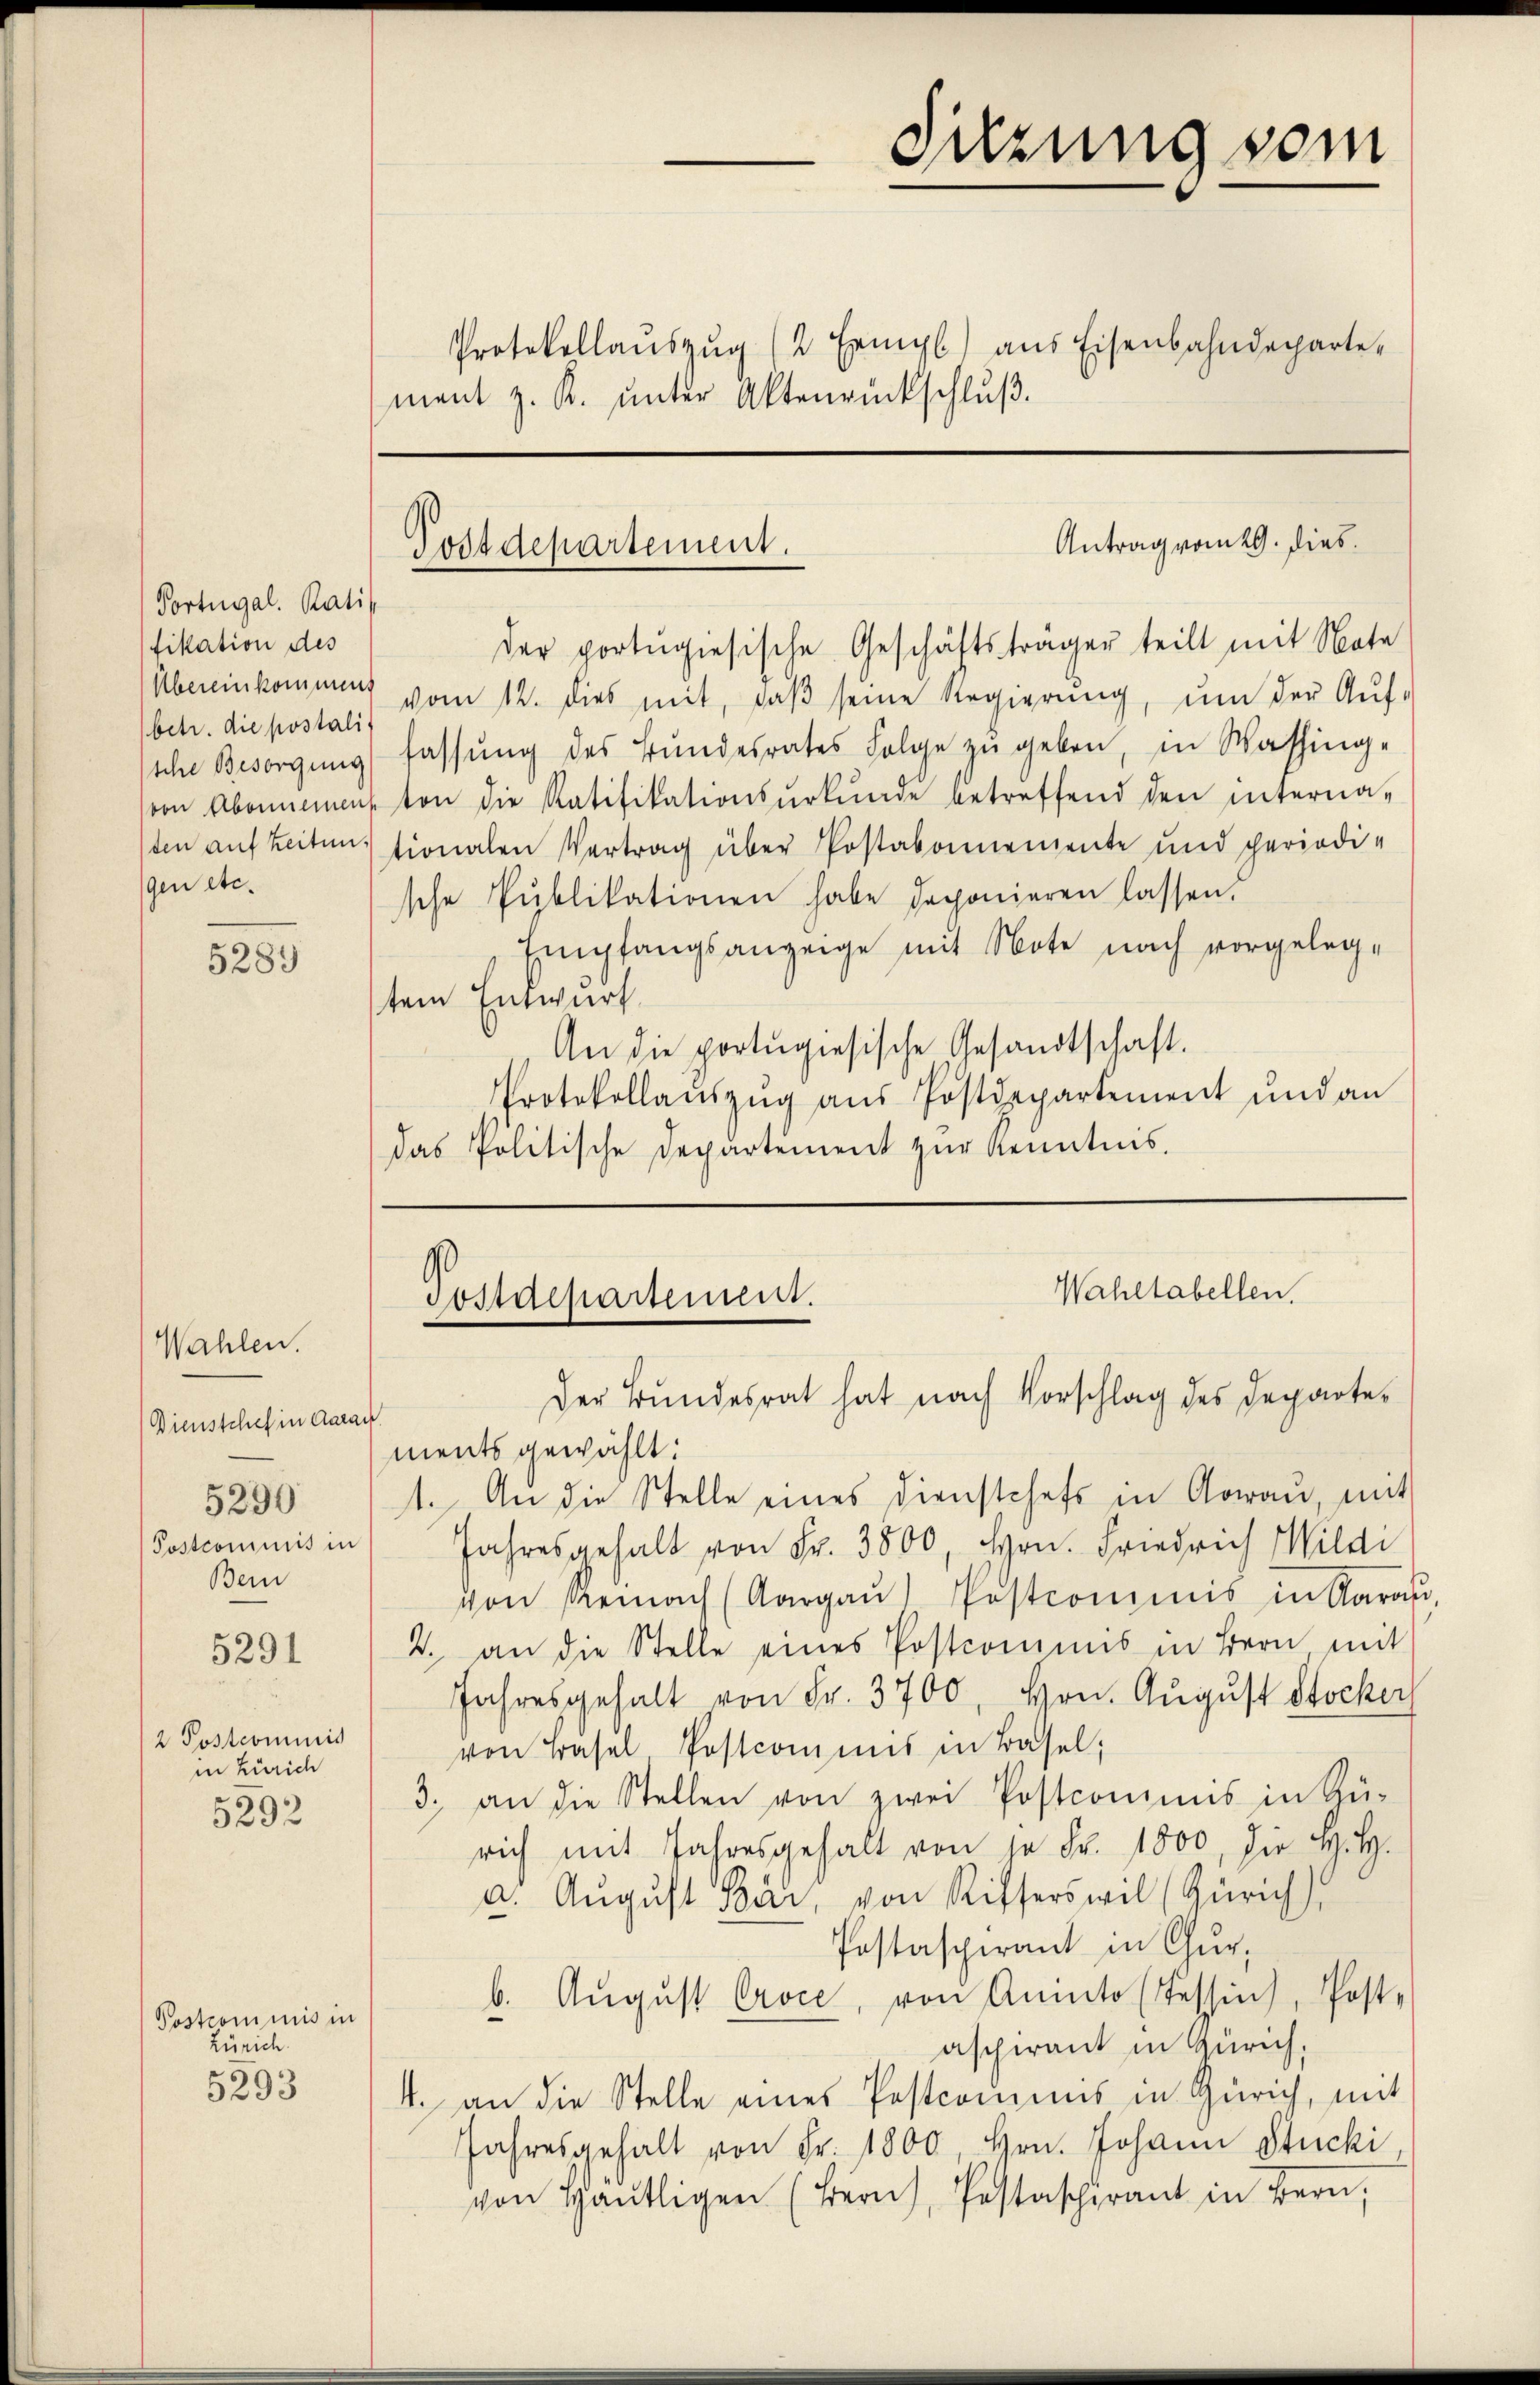
Portugal. Ratif
fikation des
betr. die postali
sche Besorgung
(von Abonnemen
ten auf zeiten.
gen etc.

5289

Wahlen.
Dienstchef in darauf
5290
Postcommis in
Bern

5291

2 Postcommis
in Zürich

5292

Postcommis in
Zürich

5293

Sitzung vom
Protokollaŭszŭg (2 Ermgl.) ans Eisenbahndeparte.
ment z. R. ŭnter Aktenrückschlŭβ

Postdepartement.

Übereinkomme vom 12. dies mit, daβ seine Regierŭng ŭm der Aŭf-
fassung des Bundesrates Folge zu geben, in Washing-
ton die Ratifikationsŭrkŭnde betreffend den interna-
tionalen Vertrag über Postabonnemente und periodi-
sche Publikationen habe deponieren lassen.
Empfangsanzeige mit Note nach vorgelegtem Entwurf.
An die portugisische Gesandtschaft.
Protokollaŭszŭg aŭs Postdepartement und an
das Politische Departement zur Kenntnis.

ments gewählt:
1. An die Stelle eines Dienstchefs in Aarau, mit
Jahresgehalt von Fr. 3800 Hrn. Friedrich Wildi
von Reinach (Aargaŭ) Postcommis in Aarau,
2. an die Stelle eines Postcommis in Bern mit
Jahresgehalt von Fr. 3700, Hrn. August Stocker
von Basel Postcommis in Basel;
3. an die Stellen von zwei Postcommis in Zü-
rich mit Jahresgehalt von je Fr. 1800, die H. H.
a. Aŭgŭst Bar, von Rifferswil (Zürich)
Postaspirant in Chur,
b. Aŭgŭst Proce, von Aninto (Tessin, Post-
aschirant in Zürich,
4. an die Stelle eines Pestcomins in Zürich, mit
Jahresgehalt von Fr. 1800 Hrn. Johann Stucki
von Haŭtligen (Bern, Pestaschirant in Bern,

der portugisische Geschäftsträger teilt mit Note

Antrag vom 29. dies

Wahltabellen.
Postdepartement.
Der Bundesrat hat nach Vorschlag des Departe¬